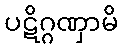
ပဋိဂ္ဂဏှာမိ